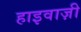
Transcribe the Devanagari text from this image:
हाइवाज़ी